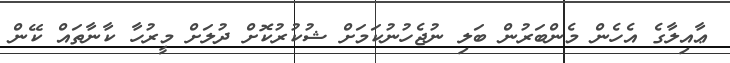
ޢާއިލާގެ އެހެން މެންބަރުން ބަލި ނުޖެހުނުކަމަށް ޝުކުރުކޮށް ދުލަށް މީރުހާ ކާނާތައް ކޭން